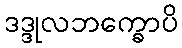
ဒဒ္ဒုလဘက္ခောပိ